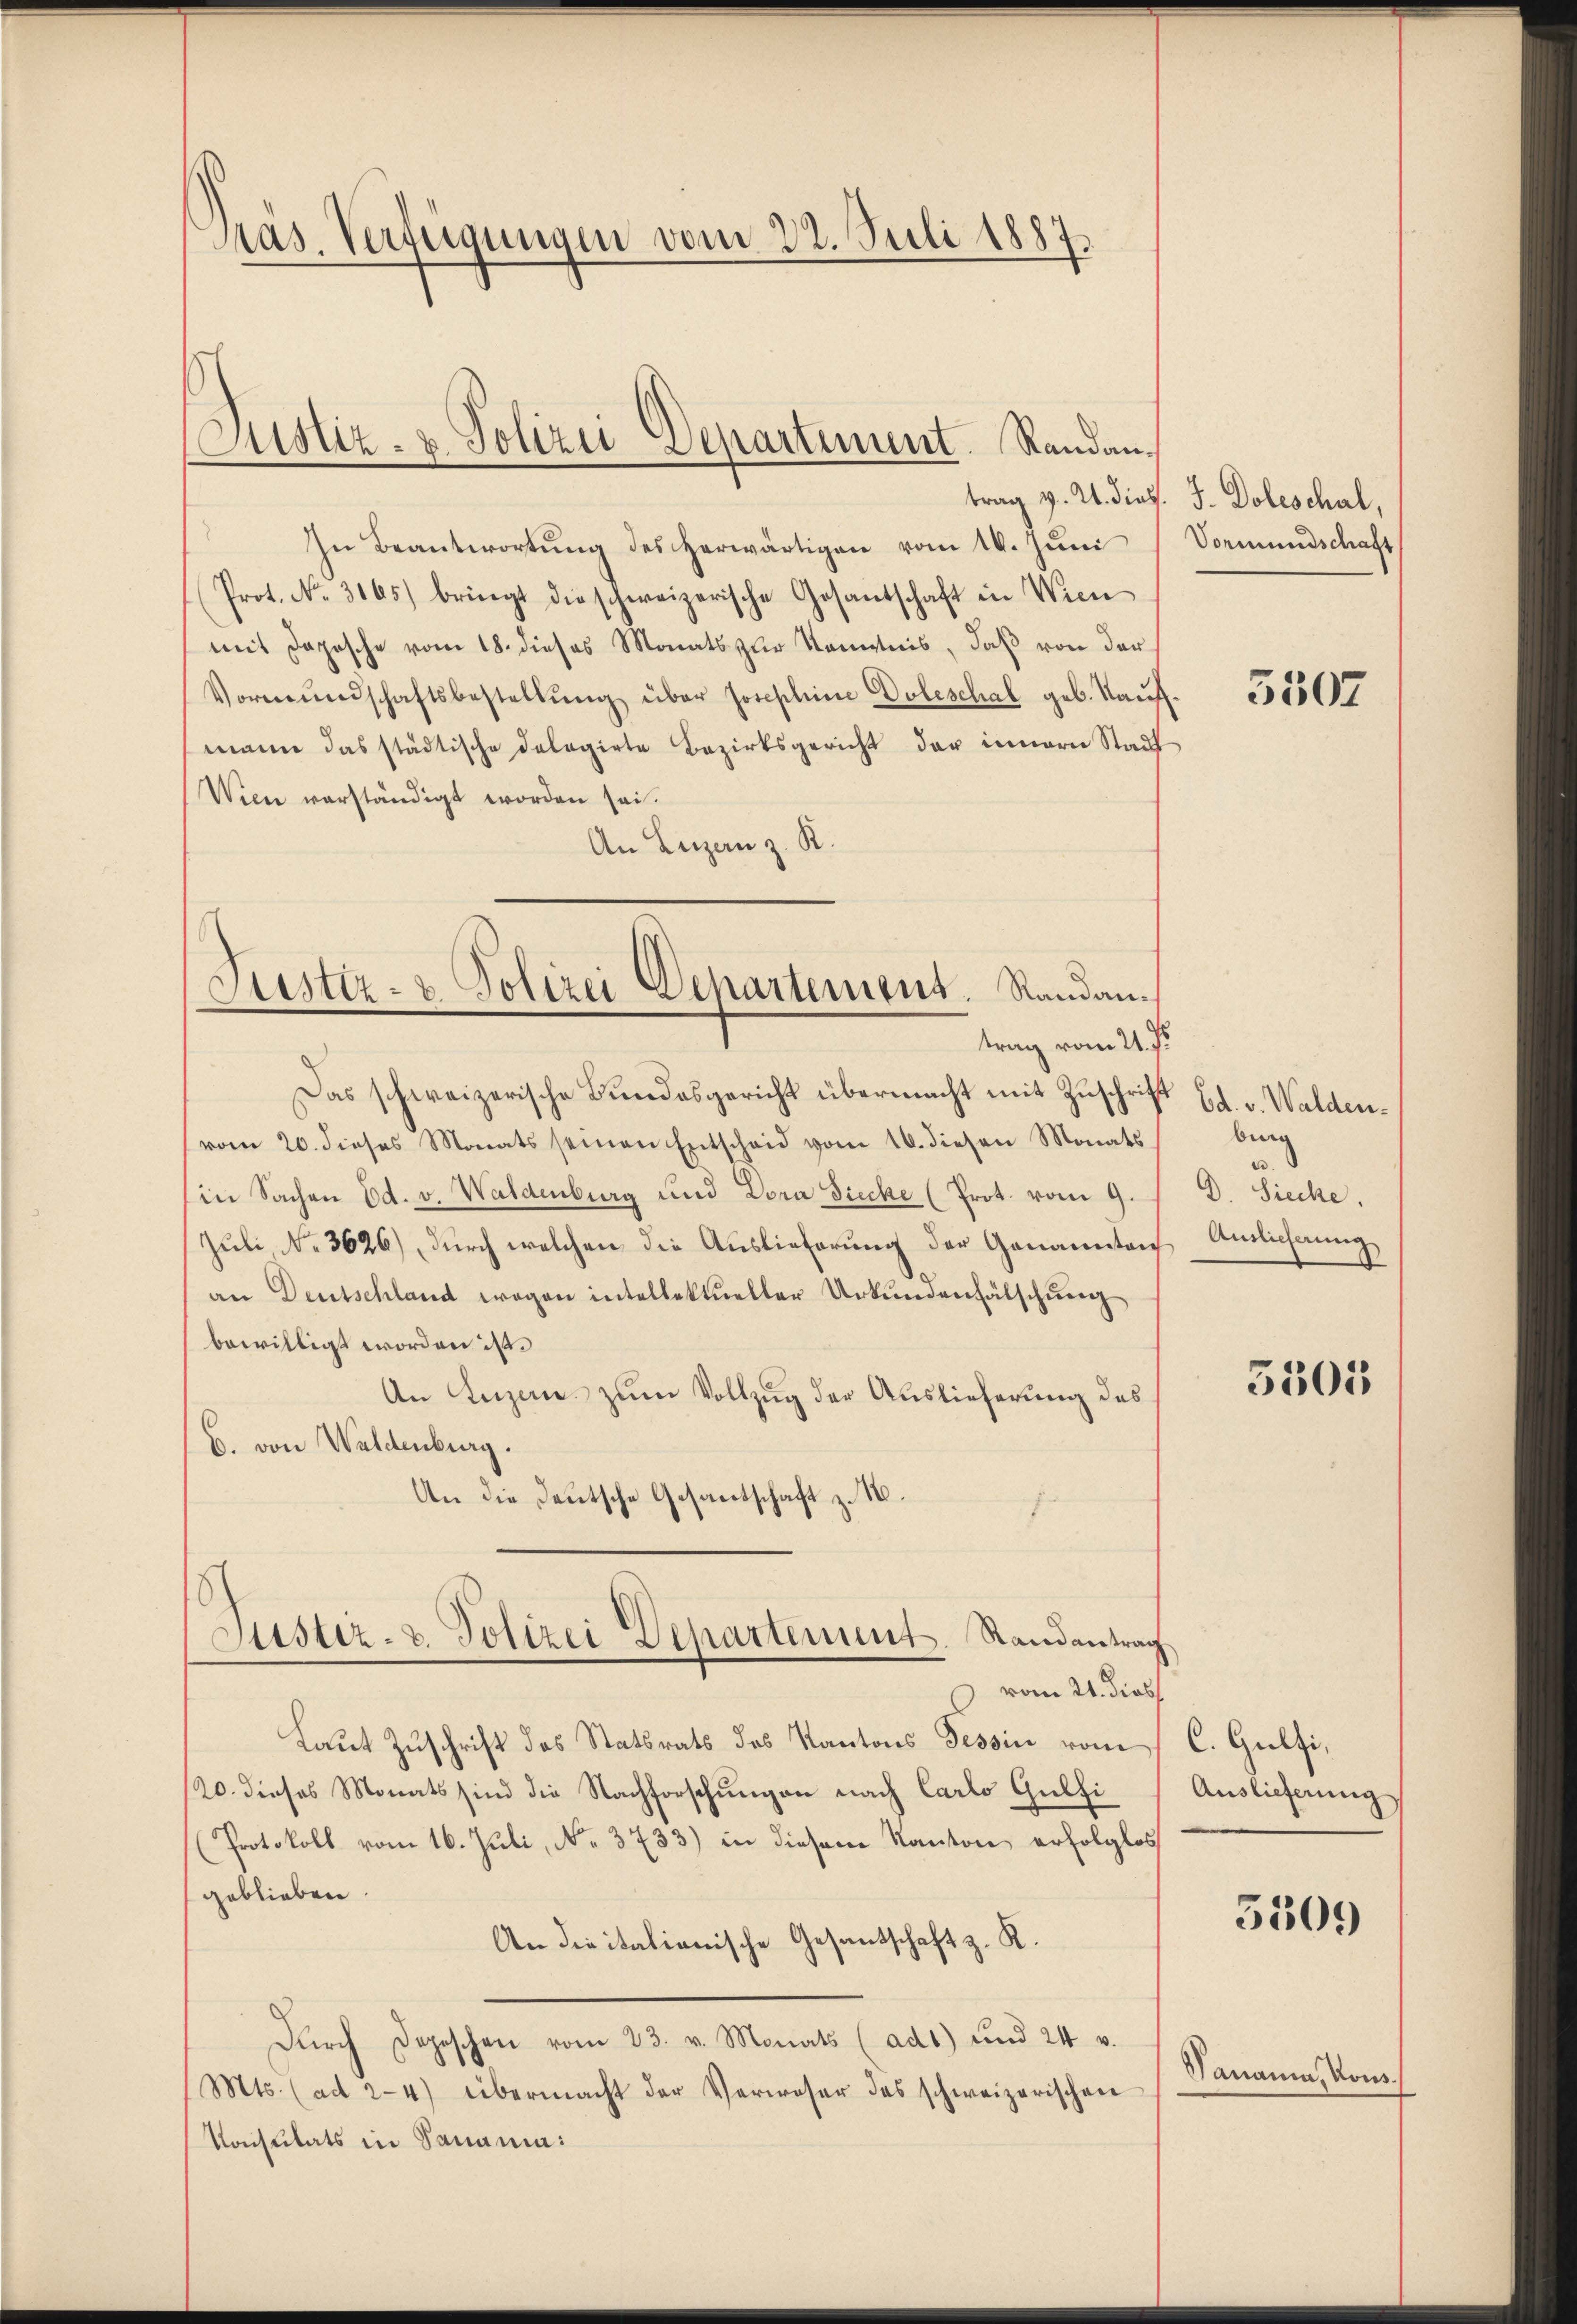
Pras. Verfügungen vom 22. Juli 1887.

Justiz- & Polizei Departement. Randan¬

Justiz- & Polizei Departemens. Standantrag vom 21. Js.

In Beantwortŭng des herwärtigen vom 14. Jŭni / Vormundschaft
Prot. No. 3165) bringt die schweizerische Gesantschaft in Wien
mit Daposche vom 18. dieses Monats zur Kenntnis, daß von der
Vormŭndschaftsbestellŭng über Josephine Doleschal geb. Kauf.
mann das städtische Delegirte Bezirksgericht der innern Stadt
Wien verständigt worden sei.
An Luzern z. R.
Das schweizerische Bundesgericht übermacht mit Zuschrift
vom 20. dieses Monats seinen Entscheid vom 16. diesen Monats
(in Sachen Ed. v. Waldenburg und Dora diecke (Prot. vom 9.
Juli No 3626) durch welchen die Auslieferung der Genanntlich
an Deutschland wegen intellektueller Urkundenfälschung
bewilligt worden ist.
An Luzern zum Vollzug der Auslieferung des
B. von Waldenburg.
An die Deutsche Gesantschaft z. 16.
fr
Justiz- & Polizei Departement. Randantrag
vom 21. dies
Laut Zuschrift des Statsrats des Kantons Tessin vom C. Gülti,
120. dieses Monats sind die Nachforschungen nach Carlo Gülti
(Protokoll vom 16. Juli, No. 3733) in diesem Kanton erfolglos
geblieben.
An die italionische Gesantschaft z. K.
Dŭrch Depeschen vom 23. v. Monats (ad1) und 24 v.
Mts. (ad 2-4) übermacht der Verweser das schweizerischen
Voistilats in Panama:

trag v. 2. Sieb. J. Doleschal,

5307

Ed. v. Walden.
bung
D Sieche.
Anslichnung

5505

Auslieferung

5509

Panama, Kons.